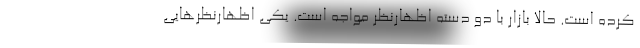
کرده است. حالا بازار با دو دسته اظهارنظر مواجه است. یکی اظهارنظرهایی